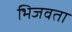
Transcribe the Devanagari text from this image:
भिजवता